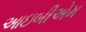
આઇબીએમ